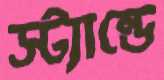
স্ট্যান্ডে